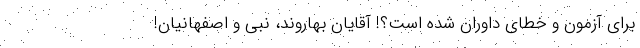
برای آزمون و خطای داوران شده است؟! آقایان بهاروند، نبی و اصفهانیان!